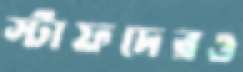
স্টাফদেরও